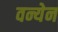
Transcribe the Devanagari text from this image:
वन्येन